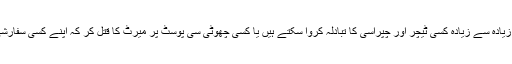
اس کے وزراء ، وزیر اعظم اور صدر زیادہ سے زیادہ کسی ٹیچر اور چپراسی کا تبادلہ کروا سکتے ہیں یا کسی چھوٹی سی پوسٹ پر میرٹ کا قتل کر کہ اپنے کسی سفارشی کی بھرتی کی کوشش کر سکتے ہیں۔